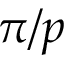
\pi / p